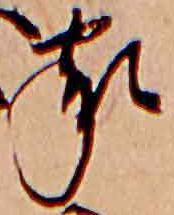
家